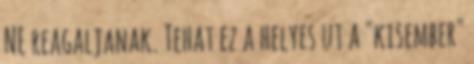
NE reagaljanak. Tehat ez a helyes ut a "kisember"